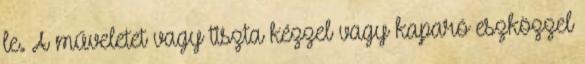
le. A műveletet vagy tiszta kézzel vagy kaparó eszközzel